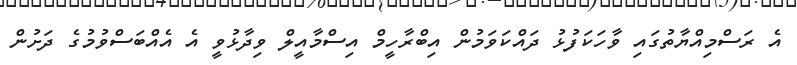
އެ ރަސްމިއްޔާތުގައި ވާހަކަފުޅު ދައްކަވަމުން އިބްރާހީމް އިސްމާއީލް ވިދާޅުވީ އެ އެއްބަސްވުމުގެ ދަށުން